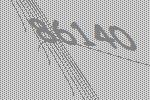
86140